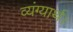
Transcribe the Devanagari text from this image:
व्यंग्यार्थ।